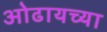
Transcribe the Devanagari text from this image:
ओढायच्या